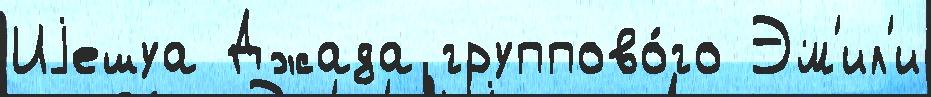
Иjешуа Джада группово́го Эм'ил'и